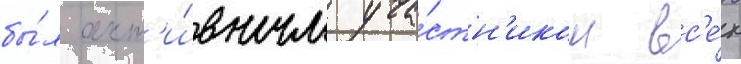
бы́л акт'и́вным уча́стн'иком вс'е́х